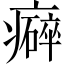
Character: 𤻒